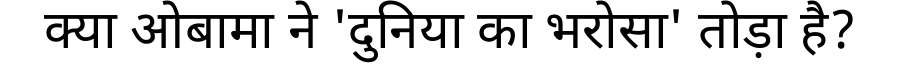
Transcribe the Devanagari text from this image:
क्या ओबामा ने 'दुनिया का भरोसा' तोड़ा है?